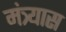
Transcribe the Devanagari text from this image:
मंत्र्यास